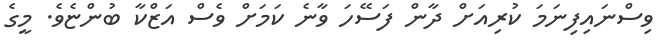
ވިސްނައިފިނަމަ ކުރިއަށް ދާން ފަސޭހަ ވާނެ ކަމަށް ވެސް އަަޒްކާ ބުންޏެވެ. މީގެ